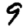
Digit: 9